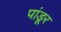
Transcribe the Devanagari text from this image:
पांडूर